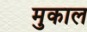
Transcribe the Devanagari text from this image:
मुकाल